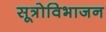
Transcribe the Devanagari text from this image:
सूत्रोविभाजन